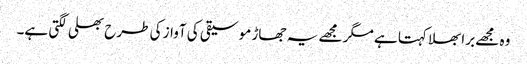
وہ مجھے برا بھلا کہتا ہے مگر مجھے یہ جھاڑ موسیقی کی آواز کی طرح بھلی لگتی ہے۔